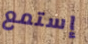
إستمع